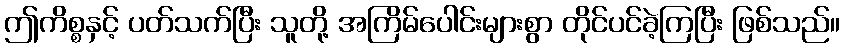
ဤကိစ္စနှင့် ပတ်သက်ပြီး သူတို့ အကြိမ်ပေါင်းများစွာ တိုင်ပင်ခဲ့ကြပြီး ဖြစ်သည်။